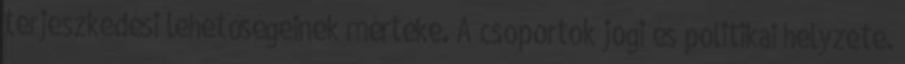
terjeszkedési lehetőségeinek mértéke. A csoportok jogi és politikai helyzete.